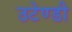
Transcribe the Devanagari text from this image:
उटेण्डी